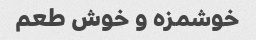
خوشمزه و خوش طعم